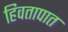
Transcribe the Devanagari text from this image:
हिवतापात